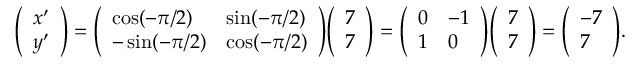
{ \left( \begin{array} { l } { x ^ { \prime } } \\ { y ^ { \prime } } \end{array} \right) } = { \left( \begin{array} { l l } { \cos ( - \pi / 2 ) } & { \sin ( - \pi / 2 ) } \\ { - \sin ( - \pi / 2 ) } & { \cos ( - \pi / 2 ) } \end{array} \right) } { \left( \begin{array} { l } { 7 } \\ { 7 } \end{array} \right) } = { \left( \begin{array} { l l } { 0 } & { - 1 } \\ { 1 } & { 0 } \end{array} \right) } { \left( \begin{array} { l } { 7 } \\ { 7 } \end{array} \right) } = { \left( \begin{array} { l } { - 7 } \\ { 7 } \end{array} \right) } .